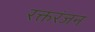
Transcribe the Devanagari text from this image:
रक्तरंजन